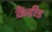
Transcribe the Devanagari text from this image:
कैंडीड